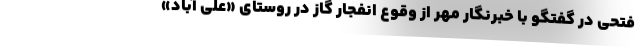
فتحی در گفتگو با خبرنگار مهر از وقوع انفجار گاز در روستای «علی آباد»